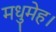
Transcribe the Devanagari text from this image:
मधुमेह।